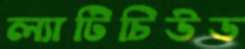
ল্যাটিচিউড